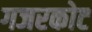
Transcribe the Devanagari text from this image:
गजरकोट